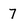
Character: 7